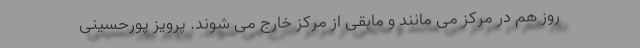
روز هم در مرکز می مانند و مابقی از مرکز خارج می شوند. پرویز پورحسینی